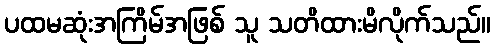
ပထမဆုံးအကြိမ်အဖြစ် သူ သတိထားမိလိုက်သည်။